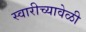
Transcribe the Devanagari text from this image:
स्वारीच्यावेळी